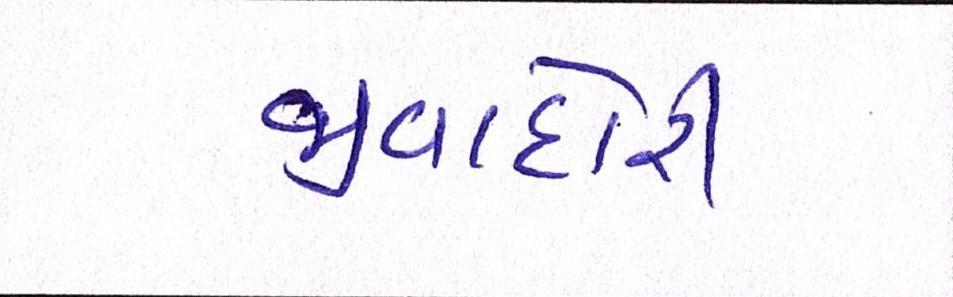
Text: જીવાદોરી